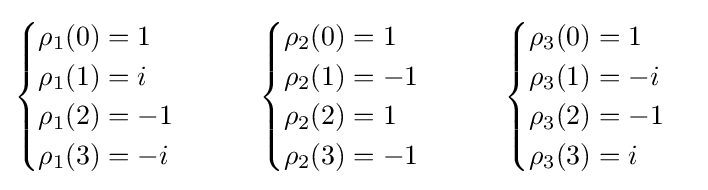
{\begin{cases}\rho _{1}({0})=1\\\rho _{1}({1})=i\\\rho _{1}({2})=-1\\\rho _{1}({3})=-i\end{cases}}\qquad {\begin{cases}\rho _{2}({0})=1\\\rho _{2}({1})=-1\\\rho _{2}({2})=1\\\rho _{2}({3})=-1\end{cases}}\qquad {\begin{cases}\rho _{3}({0})=1\\\rho _{3}({1})=-i\\\rho _{3}({2})=-1\\\rho _{3}({3})=i\end{cases}}